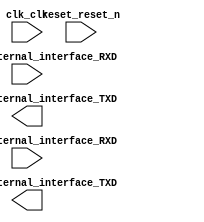

module mspconnect (
	clk_clk,
	reset_reset_n,
	rs232_0_external_interface_RXD,
	rs232_0_external_interface_TXD,
	rs232_1_external_interface_RXD,
	rs232_1_external_interface_TXD);	

	input		clk_clk;
	input		reset_reset_n;
	input		rs232_0_external_interface_RXD;
	output		rs232_0_external_interface_TXD;
	input		rs232_1_external_interface_RXD;
	output		rs232_1_external_interface_TXD;
endmodule